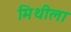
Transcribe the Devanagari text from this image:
मिथीला